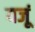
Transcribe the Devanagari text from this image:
यजूं